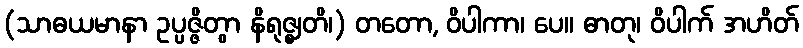
(သာဓယမာနာ ဥပ္ပဇ္ဇိတွာ နိရုဇ္ဈတိ၊) တတော, ဝိပါကာ၊ ပေ။ ဓာတု၊ ဝိပါက် အဟိတ်